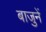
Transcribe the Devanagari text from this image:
बाजुनें